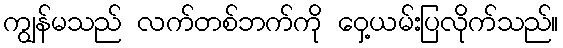
ကျွန်မသည် လက်တစ်ဘက်ကို ဝှေ့ယမ်းပြလိုက်သည်။